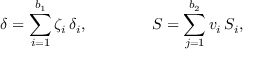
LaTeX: \delta = \sum _ { i = 1 } ^ { b _ { 1 } } \zeta _ { i } \, \delta _ { i } , \qquad \qquad S = \sum _ { j = 1 } ^ { b _ { 2 } } v _ { i } \, S _ { i } ,